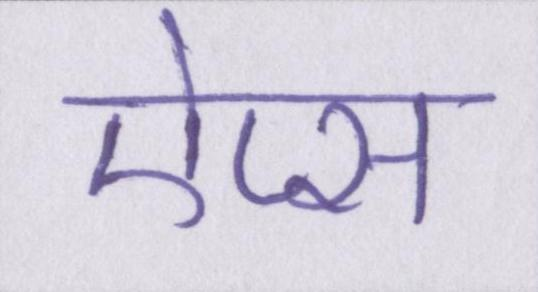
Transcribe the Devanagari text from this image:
ऐप्स